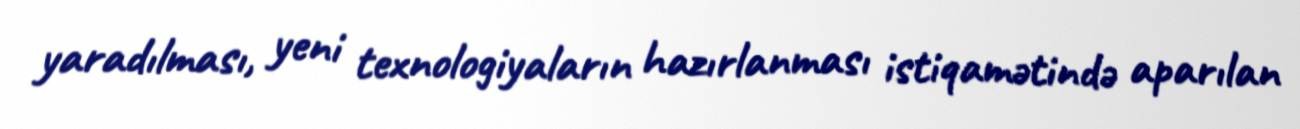
yaradılması, yeni texnologiyaların hazırlanması istiqamətində aparılan